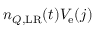
n _ { Q , \mathrm { L R } } ( t ) V _ { \mathrm { e } } ( j )